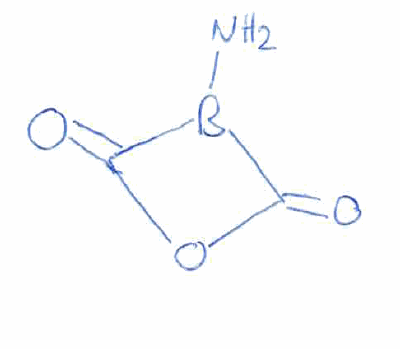
Simplified molecular-input line-entry system (SMILES) notation of the given molecule:
B1(C(=O)OC1=O)N